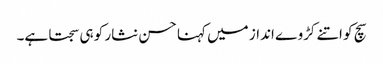
سچ کو اتنے کڑوے انداز میں کہنا حسن نثار کو ہی سجتا ہے۔